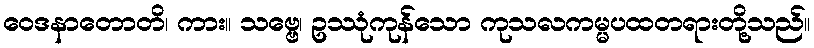
ဝေဒနာတောတိ၊ ကား။ သဗ္ဗေ၊ ဥဿုံကုန်သော ကုသလကမ္မပထတရားတို့သည်။